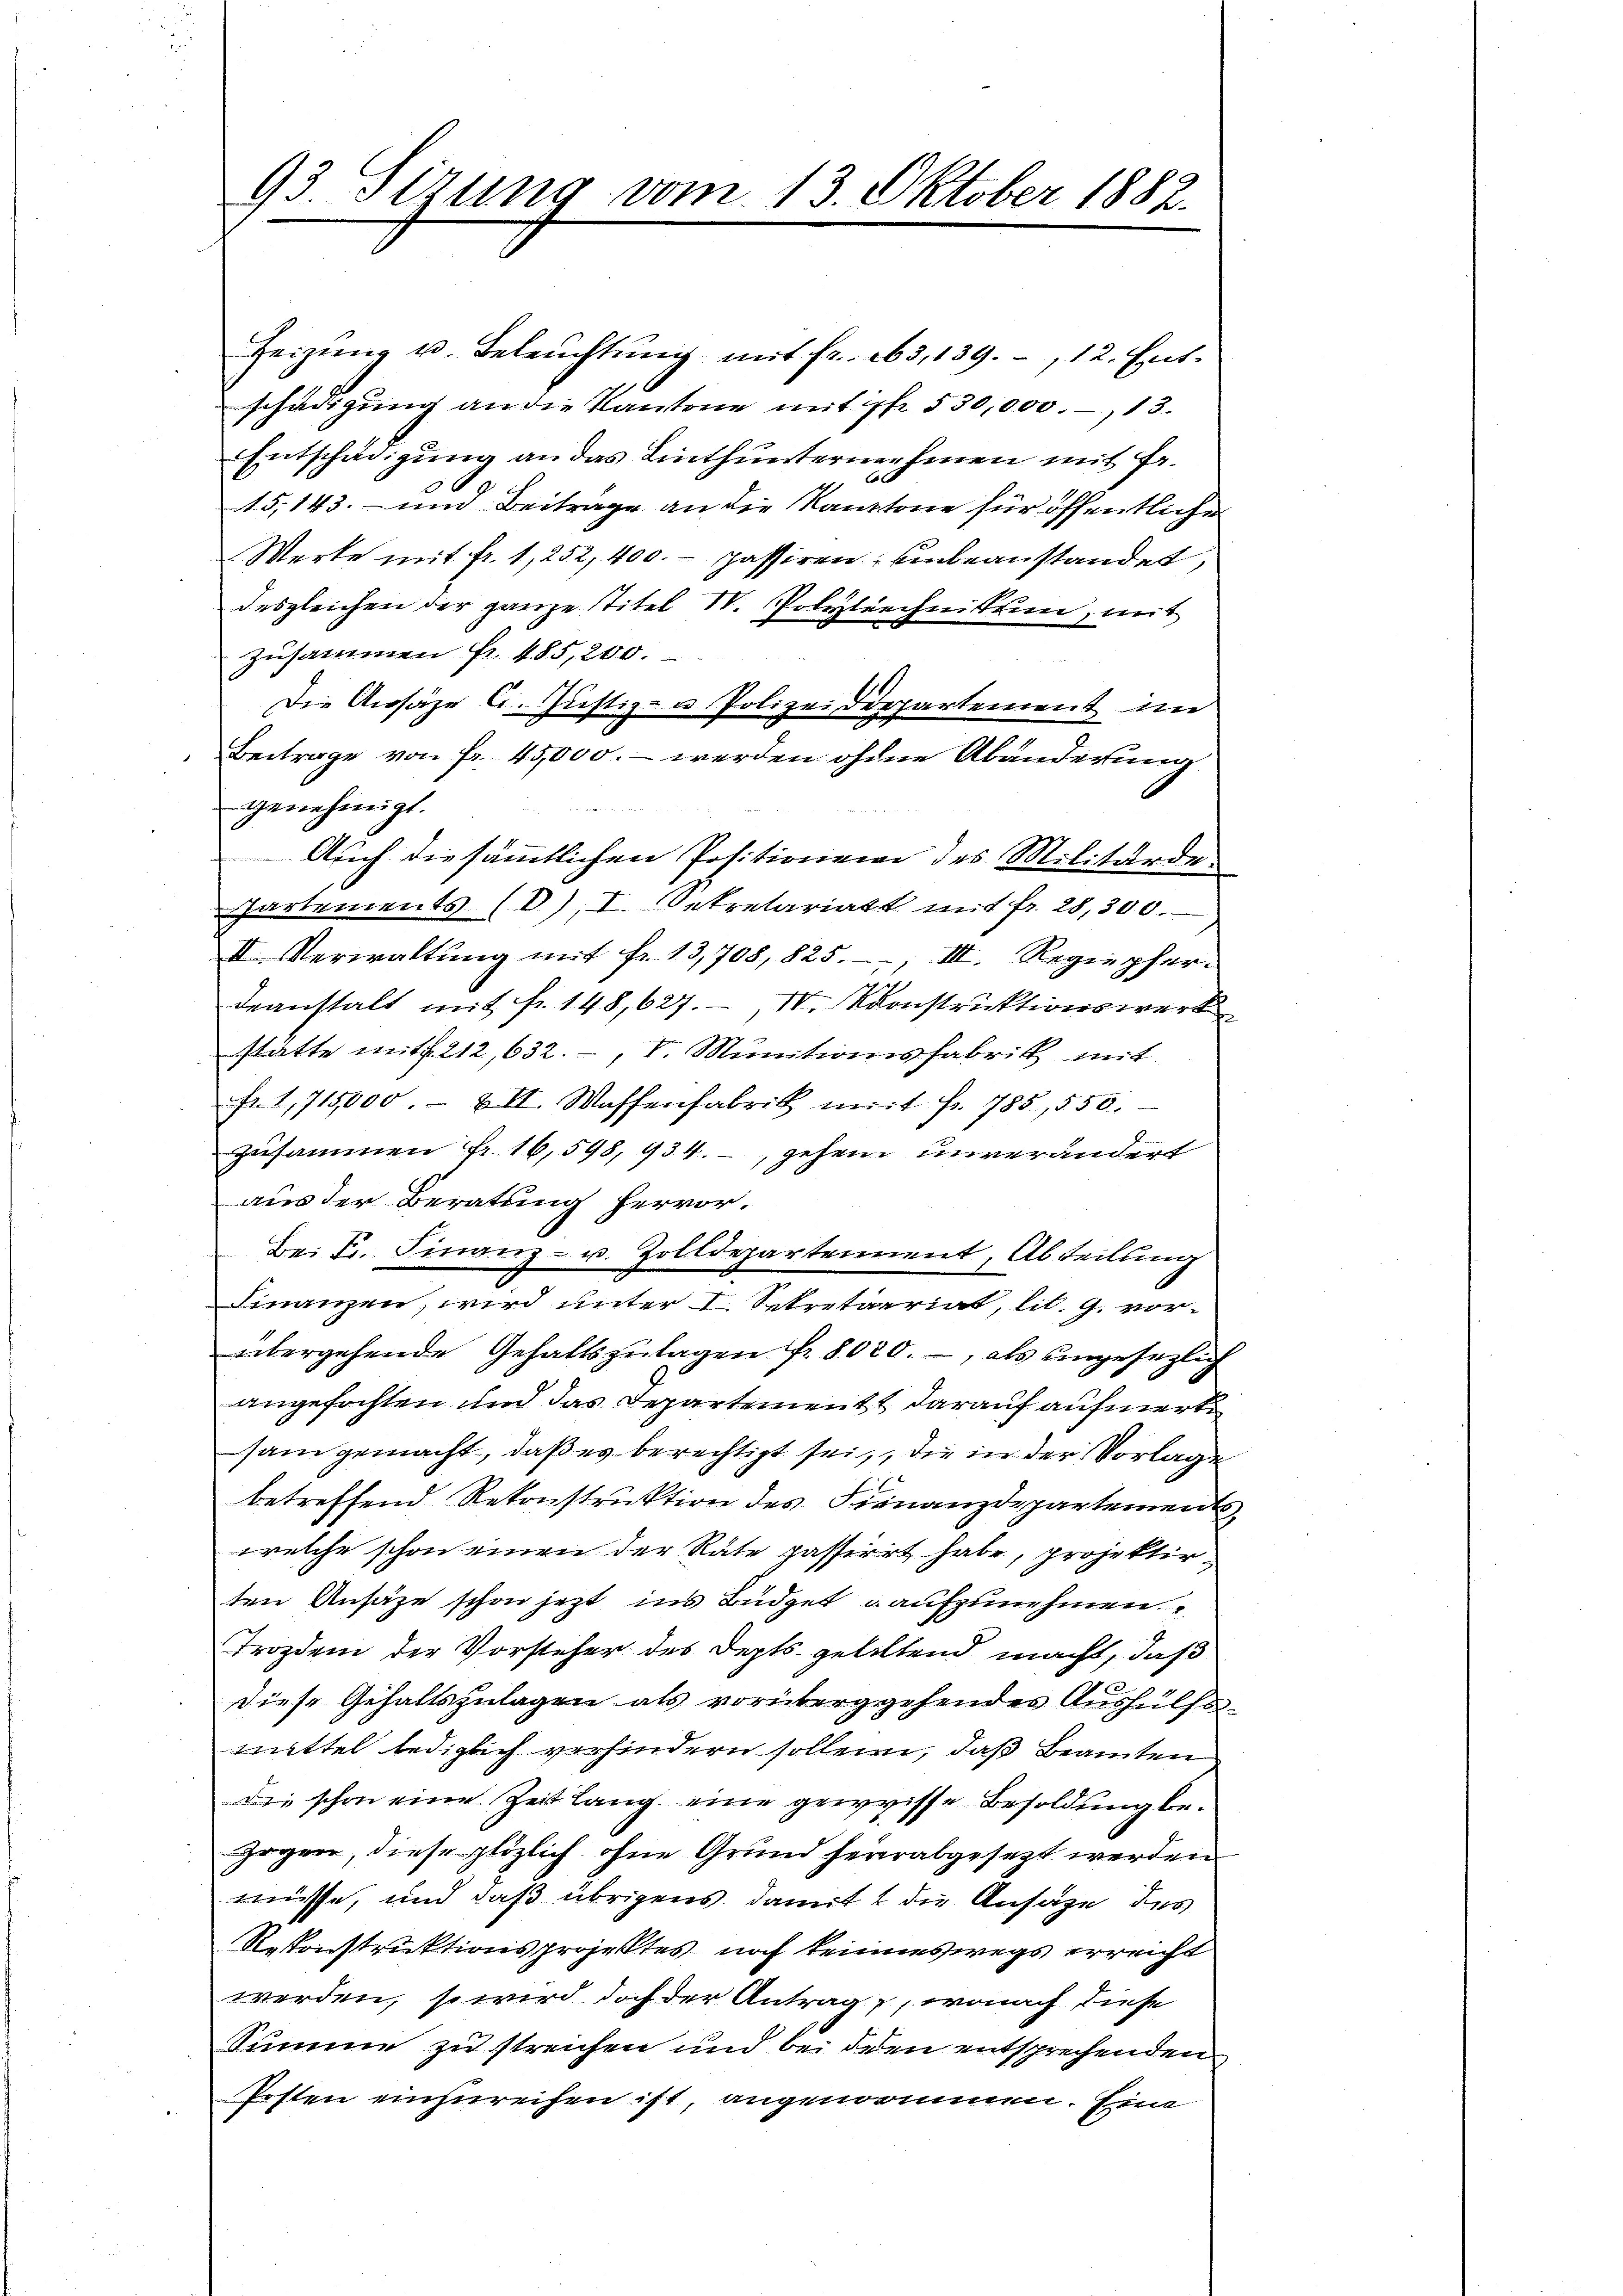
Zeizung u. Beleuchtung mit fr. 263, 139. 12. Entschädigung an die Kantone mit ipse § 30,000. 13.
Entschädigung an das Linthunternehmen mit Fr.

15,143.- und Beitrage an die Kantone für öffentliche
Werte mit fr. 1, 252, 400. passiren, unbeanstandet,
desgleichen der ganze Titel IV. Polytechnitten, mit
zusammen fr. 485,200.
Die Ansäze 6. Justiz- u Polizeidepartement im
Beitrage von fr. 45,000.- werden ohne Abänderung
genehmigt.
Auch die sämmtlichen Positionen des Militärde
Partements (D), I. betretariatt mit fr. 28,300.
II Verwaltŭng mit fr. 13,708, 825., III. Regiepfer-
deanstalt mit fr. 148, 627. IV. Konstruktionswerk
stätte mit f. 212, 632., V. Munitionsfabrik mit
Fr. 1715,000.- XII. Waffenfabrik mit fr. 785, 550.
zusammen fr. 16,598, 934., gehen unverändert
aus der Beratung hervor.
Bei Fr. Finanz- u. Zolldepartement, Abteilung
Finanzen, wird unter I. Sekretärriat, lit. G. vorübergehende Gehaltszŭlagen fr. 8020., als ungesezlich
angefochten und das Departement darauf aufmerk
sam gemacht, daß es berechtigt sei, die in der Vorlage
betreffend Rekonstruktion des Finanzdepartements
welche schon einen der Rate passirrt habe, projektir
ten Ansäze schon jetzt ins Büdget aufzunehmen
Trozdem der Vorsteher des Depts gelittend macht, daß
E
diese Gehaltszulagen als vorüberggehendes Aushülfsmittel lediglich verhindern sollen, daß Beamten
Die schon eine Zeit lang eine gewisse Besoldung bezogen, diese plötzlich ohne Grund herabgesezt werden
müsse, und daß übrigens, damit die Ansage des
Rekonstruktionsprojektes noch keineswegs erreicht
werden, so wird doch der Antrag, wonach diese
Summe zu streichen und bei den entsprechenden
Posten einzureihen ist angenommen. Eine

93. Sizung vom 13. Oktober 1882.